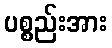
ပစ္စည်းအား